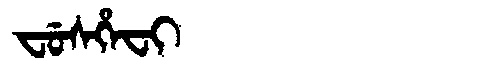
Manchu: ᠸᡠᠰᡥᡝᠸᡳ
Romanization: FUSHEFI